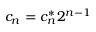
c _ { n } = c _ { n } ^ { * } 2 ^ { n - 1 }